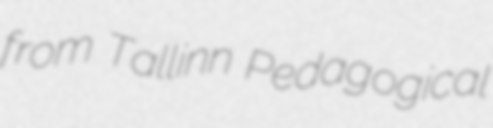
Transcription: from Tallinn Pedagogical